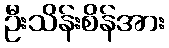
ဦးသိန်းစိန်အား